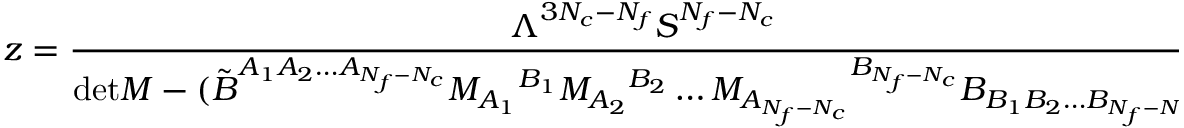
z = \frac { \Lambda ^ { 3 N _ { c } - N _ { f } } S ^ { N _ { f } - N _ { c } } } { \mathrm { d e t } M - ( \tilde { B } ^ { A _ { 1 } A _ { 2 } \ldots A _ { N _ { f } - N _ { c } } } M _ { A _ { 1 } } { } ^ { B _ { 1 } } M _ { A _ { 2 } } { } ^ { B _ { 2 } } \ldots M _ { A _ { N _ { f } - N _ { c } } } { } ^ { B _ { N _ { f } - N _ { c } } } B _ { B _ { 1 } B _ { 2 } \ldots B _ { N _ { f } - N _ { c } } } ) } .